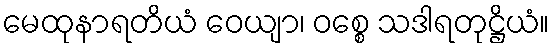
မေထုနာရတိယံ ဝေယျာ၊ ဝစ္စေ သဒါရတုဋ္ဌိယံ။